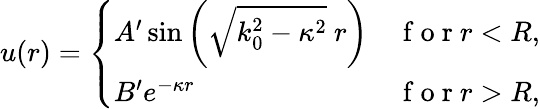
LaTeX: u(r)=\left\{ \begin{array}{ll}{A^{\prime}\sin\left(\sqrt{k_{0}^{2}-\kappa^{2}}\ r\right)}&{\mathrm{~f~o~r~}r<R,}\\ {B^{\prime}e^{-\kappa r}}&{\mathrm{~f~o~r~}r>R,}\end{array}\right.